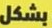
بشكل